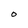
Character: O